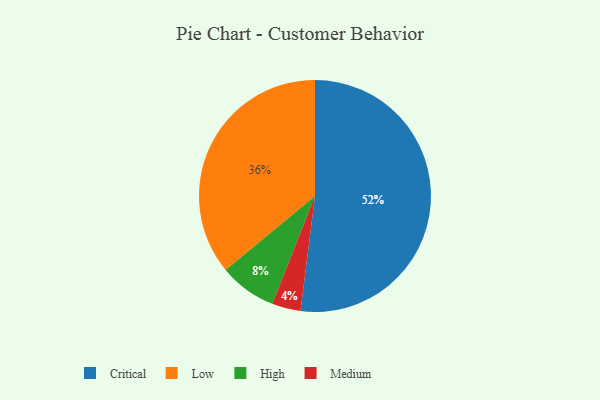
{"axis": {"x": "Category", "y": "Percentage"}, "legend": ["Critical", "High", "Low", "Medium"], "data": [{"x": "Critical", "y": 52, "type": "Critical"}, {"x": "Medium", "y": 4, "type": "Medium"}, {"x": "Low", "y": 36, "type": "Low"}, {"x": "High", "y": 8, "type": "High"}]}